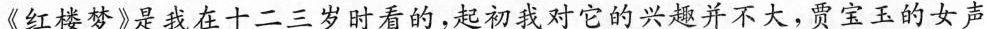
《红楼梦》是我在十二三岁时看的，起初我对它的兴趣并不大，贾宝玉的女声